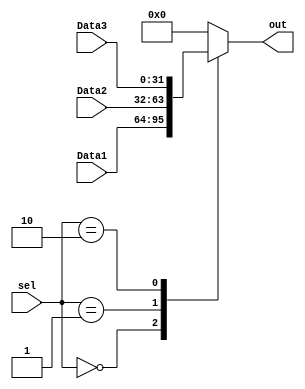
module Mux3x1 #(parameter width = 'd32)
(
  	 	input  [width-1:0]  Data1, Data2,Data3,
	   input  [1:0]        sel,
     output reg [width-1:0] out );


always @(*) 
begin
  case (sel)                       //Selction is ResultSrc
            2'b00:   out = Data1;  //ALUResult
            2'b01:   out = Data2;  //ReadData
            2'b10:   out = Data3;  //Pc + 4 
            default: out = 32'b0;
        endcase
end
endmodule